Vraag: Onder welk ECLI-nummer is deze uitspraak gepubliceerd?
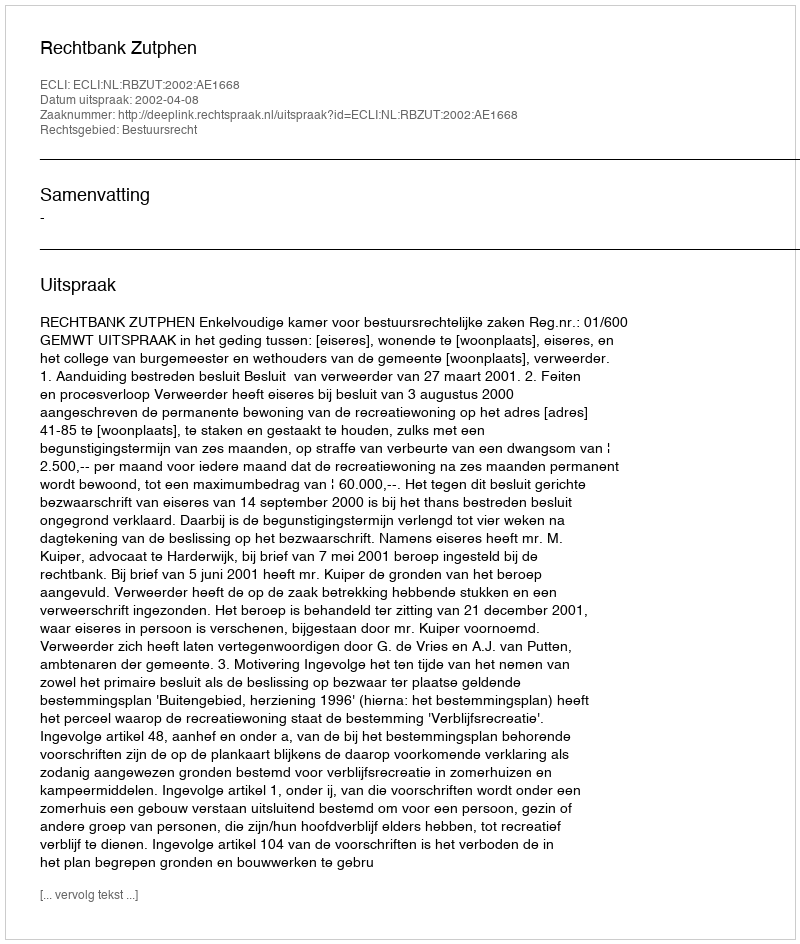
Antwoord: ECLI:NL:RBZUT:2002:AE1668